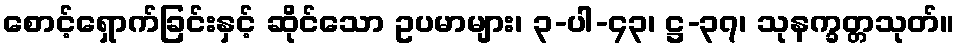
စောင့်ရှောက်ခြင်းနှင့် ဆိုင်သော ဥပမာများ၊ ၃-ပါ-၄၃၊ ဋ္ဌ-၃၇၊ သုနက္ခတ္တသုတ်။